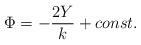
LaTeX: \begin{align*}\Phi=-\frac{2Y}{k}+const.\end{align*}